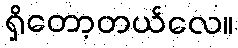
ရှိတော့တယ်လေ။